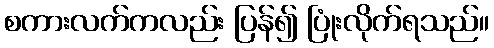
စကားလက်ကလည်း ပြန်၍ ပြုံးလိုက်ရသည်။